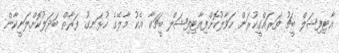
އާޓިފިޝަލް ބީޗު ތަރައްގީކުރަން ހަވާލުކޮށްފިއާޓިފިޝަލް ބީޗަކާ އެކު މާލޭގެ ހުޅަނގު ފަރާތް ބަދަލުކޮށްލަނީކާން